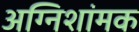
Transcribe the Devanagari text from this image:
अग्निशांमक